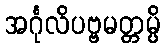
အင်္ဂုလိပဗ္ဗမတ္တမ္ပိ